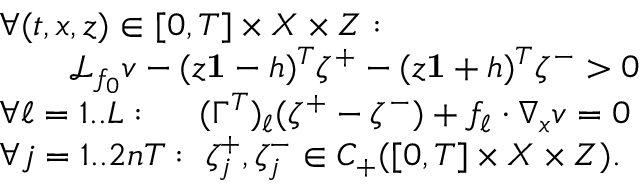
\begin{array} { r l r l } & { \forall ( t , x , z ) \in [ 0 , T ] \times X \times Z : } \\ & { \qquad \mathcal { L } _ { f _ { 0 } } v - ( z \mathbf { 1 } - h ) ^ { T } \zeta ^ { + } - ( z \mathbf { 1 } + h ) ^ { T } \zeta ^ { - } > 0 } \\ & { \forall \ell = 1 . . L : \quad \ ( \Gamma ^ { T } ) _ { \ell } ( \zeta ^ { + } - \zeta ^ { - } ) + f _ { \ell } \cdot \nabla _ { x } v = 0 } & & { } \\ & { \forall j = 1 . . 2 n T : \ \zeta _ { j } ^ { + } , \zeta _ { j } ^ { - } \in C _ { + } ( [ 0 , T ] \times X \times Z ) . } \end{array}